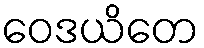
ဝေဒယိတေ